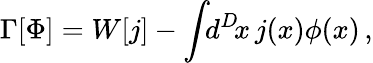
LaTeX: \Gamma[\Phi]=W[j]-\int\! \! d^{D}\! x\, j(x)\phi(x)\, ,